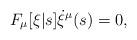
LaTeX: \begin{align*}F_\mu[\xi|s] \dot{\xi}^\mu(s) = 0,\end{align*}